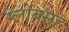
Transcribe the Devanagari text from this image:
ग्लोबसह